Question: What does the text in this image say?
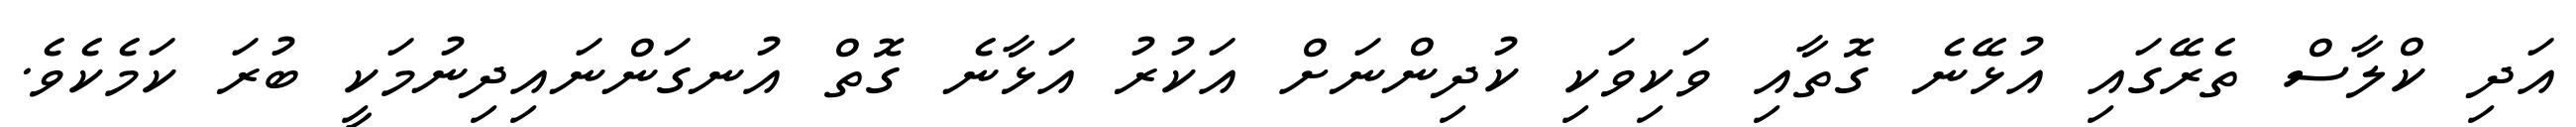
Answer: އަދި ކްލާސް ތެރޭގައި އުޅޭނެ ގޮތާއި ވަކިވަކި ކުދިންނަށް އަކުރު އަޅާނެ ގޮތް އުނގަންނައިދިނުމަކީ ބުރަ ކަމެކެވެ.